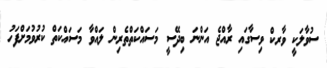
ސުވާލަކީ ވާރކް ވިސާގައި ރާއްޖެ އަންނަ ބިދޭސީ މަސައްކަތްތެރިން ލައްވާ މަސައްކަތް ކުރުވުމަށްފަހު